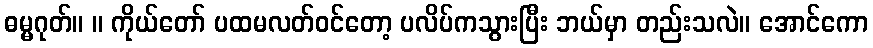
ဓမ္မဂုတ်။ ။ ကိုယ်တော် ပထမလတ်ဝင်တော့ ပလိပ်ကသွားပြီး ဘယ်မှာ တည်းသလဲ။ အောင်ကော